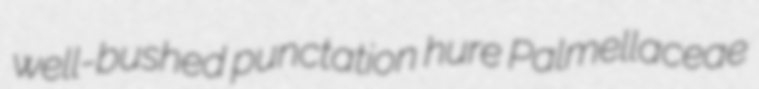
well-bushed punctation hure Palmellaceae